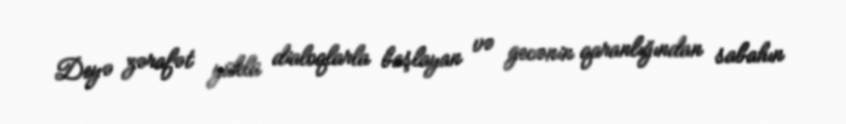
Deyə zərafət yüklü dialoqlarla başlayan və gecənin qaranlığından sabahın